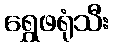
ရွှေဖရုံသီး